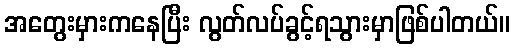
အတွေးမှားကနေပြီး လွတ်လပ်ခွင့်ရသွားမှာဖြစ်ပါတယ်။